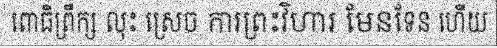
ពោធិព្រឹក្ស លុះ ស្រេច ការព្រះវិហារ មែនទែន ហើយ